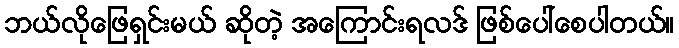
ဘယ်လိုဖြေရှင်းမယ် ဆိုတဲ့ အကြောင်းရလဒ် ဖြစ်ပေါ်စေပါတယ်။